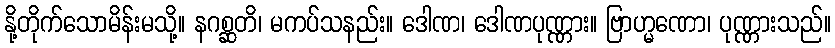
နို့တိုက်သောမိန်းမသို့။ နဂစ္ဆတိ၊ မကပ်သနည်း။ ဒေါဏ၊ ဒေါဏပုဏ္ဏား။ ဗြာဟ္မဏော၊ ပုဏ္ဏားသည်။